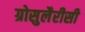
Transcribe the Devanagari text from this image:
ग्रोसुलैरीसी